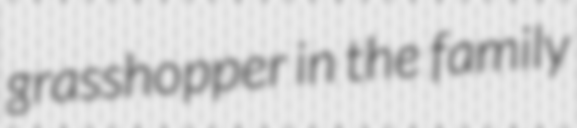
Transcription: grasshopper in the family